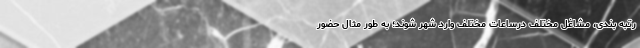
رتبه بندی، مشاغل مختلف درساعات مختلف وارد شهر شوند؛ به طور مثال حضور